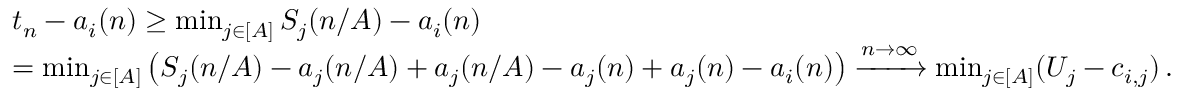
\begin{array} { r l } & { t _ { n } - a _ { i } ( n ) \ge \operatorname* { m i n } _ { j \in [ A ] } S _ { j } ( n / A ) - a _ { i } ( n ) } \\ & { = \operatorname* { m i n } _ { j \in [ A ] } \left( S _ { j } ( n / A ) - a _ { j } ( n / A ) + a _ { j } ( n / A ) - a _ { j } ( n ) + a _ { j } ( n ) - a _ { i } ( n ) \right) \xrightarrow { n \to \infty } \operatorname* { m i n } _ { j \in [ A ] } ( U _ { j } - c _ { i , j } ) \, . } \end{array}